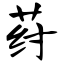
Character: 荮